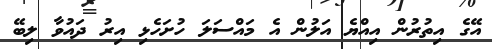
އޭގެ އިތުރުން އިއްޔެ އަލުން އެ މައްސަލަ ހުށަހެޅި އިރު ދައުވާ ލިބޭ